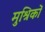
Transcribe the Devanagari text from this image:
मुश्रिकों